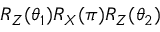
R _ { Z } ( \theta _ { 1 } ) R _ { X } ( \pi ) R _ { Z } ( \theta _ { 2 } )